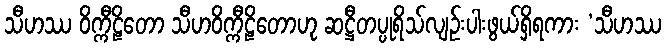
သီဟဿ ဝိက္ကီဠိတော သီဟဝိက္ကီဠိတောဟု ဆဋ္ဌီတပ္ပုရိသ်လျဉ်းပါးဖွယ်ရှိရကား ‘သီဟဿ